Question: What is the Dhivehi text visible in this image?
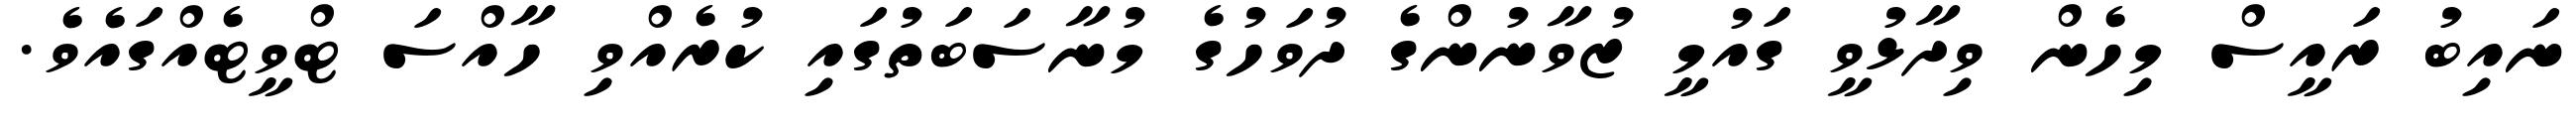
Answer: ނައިބު ރައީސް މިހެން ވިދާޅުވީ ގައުމީ ޒުވާނުންގެ ދުވަހުގެ މުނާސަބަތުގައި ކުރެއްވި ހާއްސަ ޓްވީޓެއްގައެވެ.